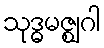
သုဒ္ဓမဇ္ဈဂါ